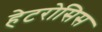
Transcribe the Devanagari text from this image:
हेटरोसिस